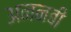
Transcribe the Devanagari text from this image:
अननबी